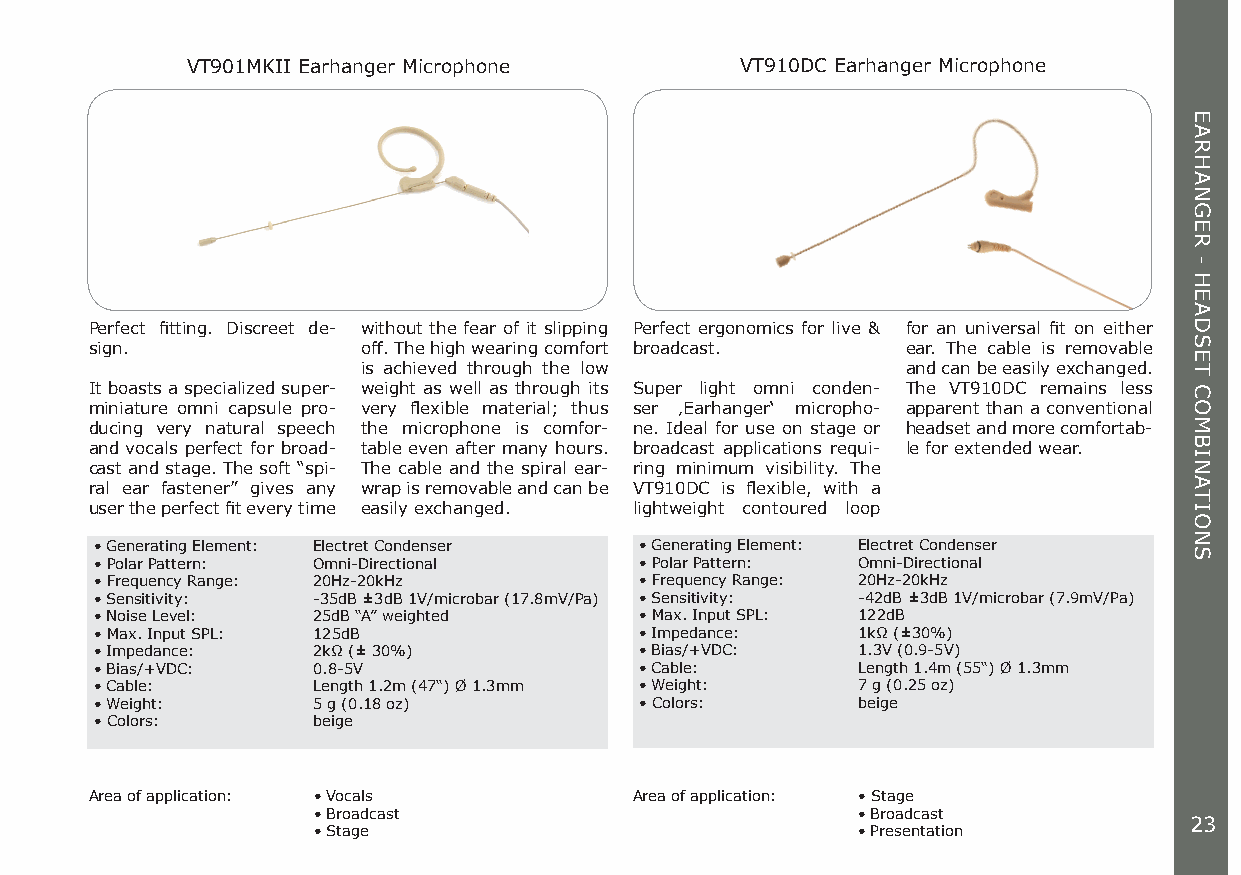
VT901MKII Earhanger Microphone       VT910DC Earhanger Microphone
 Perfect fitting. Discreet de- without the fear of it slipping Perfect ergonomics for live & for an universal fit on either
 sign.             off. The high wearing comfort broadcast. ear. The cable is removable
 is achieved through the low         and can be easily exchanged.
 It boasts a specialized super- weight as well as through its Super light omni conden- The VT910DC remains less
 miniature omni capsule pro- very flexible material; thus ser ‚Earhanger‘ micropho- apparent than a conventional
 ducing very natural speech the microphone is comfor- ne. Ideal for use on stage or headset and more comfortab-
 and vocals perfect for broad- table even after many hours. broadcast applications requi- le for extended wear.
 cast and stage. The soft “spi- The cable and the spiral ear- ring minimum visibility. The
 ral ear fastener” gives any wrap is removable and can be VT910DC is flexible, with a
 user the perfect fit every time easily exchanged. lightweight contoured loop
 • Generating Element: Electret Condenser • Generating Element: Electret Condenser
 • Polar Pattern: Omni-Directional   • Polar Pattern: Omni-Directional
 • Frequency Range: 20Hz-20kHz       • Frequency Range: 20Hz-20kHz
 • Sensitivity: -35dB ±3dB 1V/microbar (17.8mV/Pa) • Sensitivity: -42dB ±3dB 1V/microbar (7.9mV/Pa)
 • Noise Level: 25dB “A” weighted    • Max. Input SPL: 122dB
 • Max. Input SPL: 125dB             • Impedance:   1kΩ (±30%)
 • Impedance:   2kΩ (± 30%)          • Bias/+VDC:   1.3V (0.9-5V)
 • Bias/+VDC:   0.8-5V               • Cable:       Length 1.4m (55“) Ø 1.3mm
 • Cable:       Length 1.2m (47“) Ø 1.3mm • Weight: 7 g (0.25 oz)
 • Weight:      5 g (0.18 oz)        • Colors:      beige
 • Colors:      beige
 Area of application: • Vocals       Area of application: • Stage
 • Broadcast                         • Broadcast
 23
 • Stage                             • Presentation
 EARHANGER
 -
 HEADSET
 COMBINATIONS